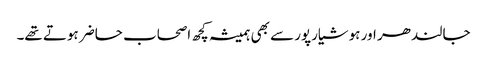
جالندھر اور ہوشیارپور سے بھی ہمیشہ کچھ اصحاب حاضر ہوتے تھے۔